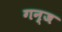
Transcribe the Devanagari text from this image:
गन्ज